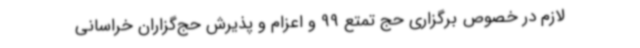
لازم در خصوص برگزاری حج تمتع 99 و اعزام و پذیرش حج‌گزاران خراسانی